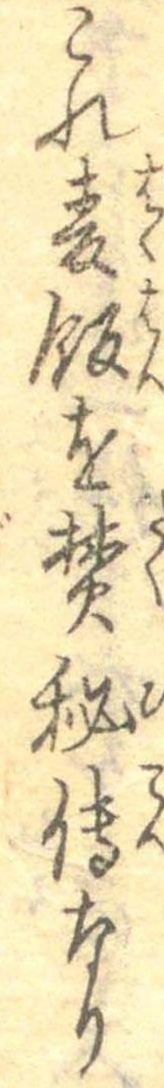
これ麦飯を焚秘伝なり